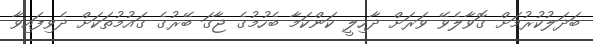
ބަދަލުކުރުމަށް ގޮވާލެވޭ ވަރަށް ދާހިލީ ކަންކަމާ ބެހުމުގެ ޖާގަ ބޭރުގެ ގައުމުތަކަށް ދެވިފައިވާ